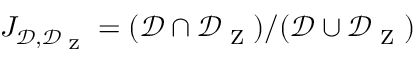
J _ { \mathcal { D } , \mathcal { D } _ { \textrm { Z } } } = ( \mathcal { D } \cap \mathcal { D } _ { \textrm { Z } } ) / ( \mathcal { D } \cup \mathcal { D } _ { \textrm { Z } } )